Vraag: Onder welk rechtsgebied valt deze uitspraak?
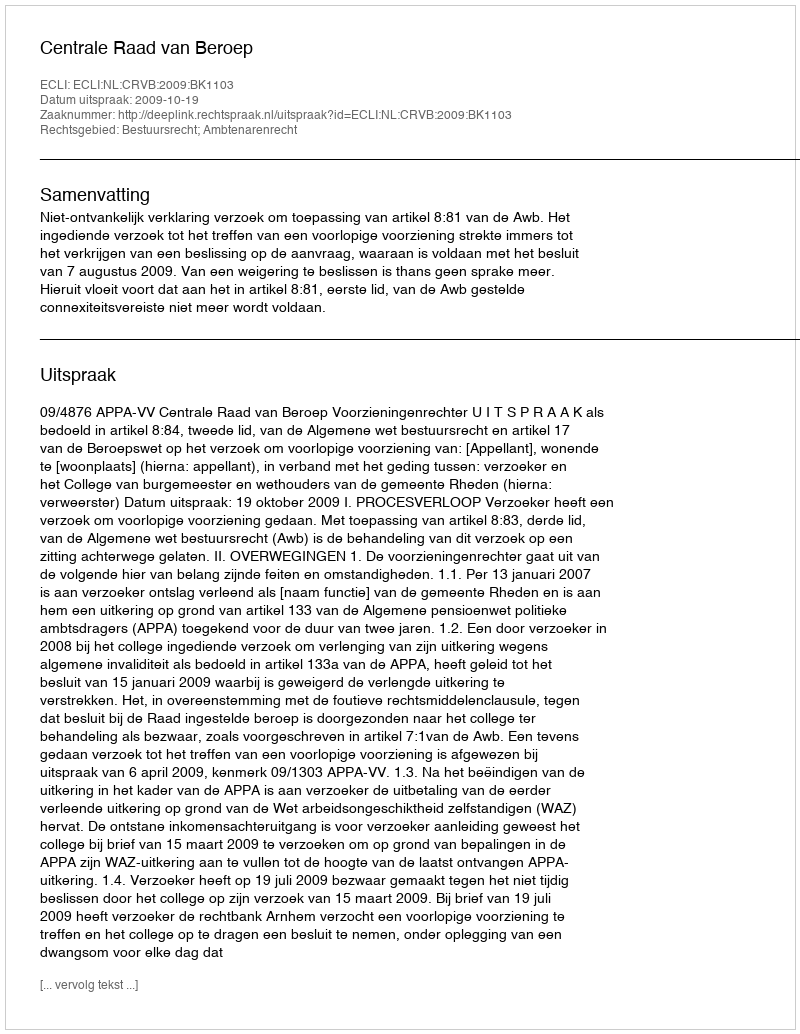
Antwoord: Bestuursrecht; Ambtenarenrecht